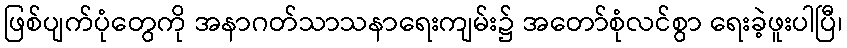
ဖြစ်ပျက်ပုံတွေကို အနာဂတ်သာသနာရေးကျမ်း၌ အတော်စုံလင်စွာ ရေးခဲ့ဖူးပါပြီ၊